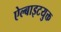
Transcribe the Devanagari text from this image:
ऐल्बाइटयुक्त